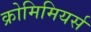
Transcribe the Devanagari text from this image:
क्रोमिमियर्स